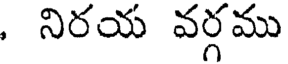
, నిరయ వర్గము